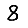
Digit: 8